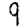
Digit: 9